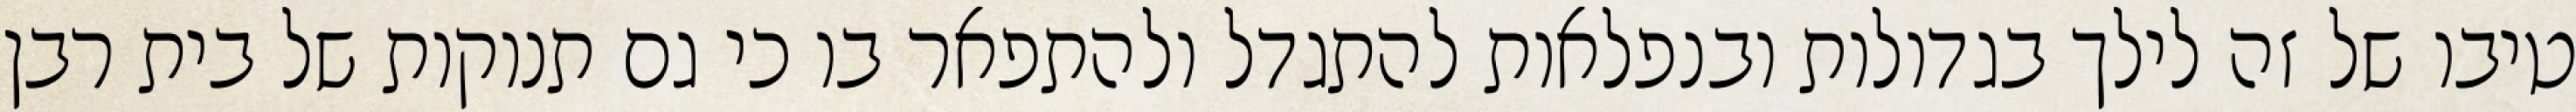
טיבו של זה לילך בגדולות ובנפלאות להתגדל ולהתפאר בו כי גם תנוקות של בית רבן